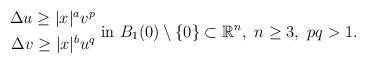
LaTeX: \begin{align*}\begin{aligned} \Delta u\geq |x|^a v^p \\ \Delta v\geq |x|^b u^q \end{aligned} \mbox{ in }B_1(0)\setminus\{0\}\subset\mathbb{R}^n, \ n\geq 3,\ pq>1.\end{align*}